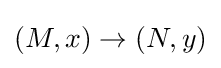
(M,x)\to (N,y)